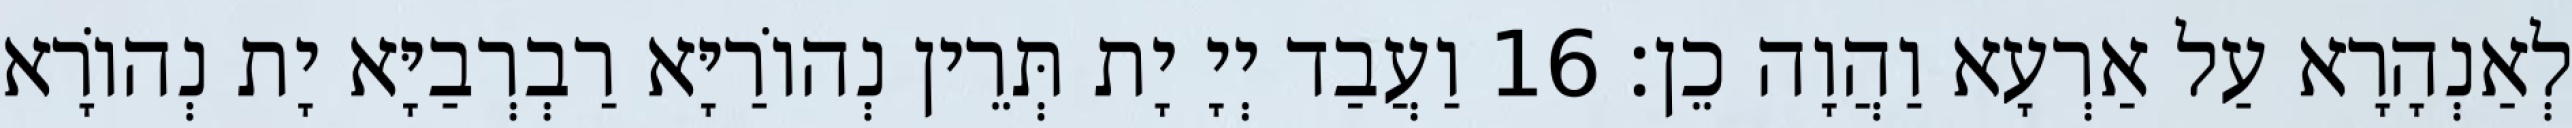
לְאַנְהָרָא עַל אַרְעָא וַהֲוָה כֵן׃ 16 וַעֲבַד יְיָ יָת תְּרֵין נְהוֹרַיָּא רַבְרְבַיָּא יָת נְהוֹרָא